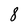
Character: 8